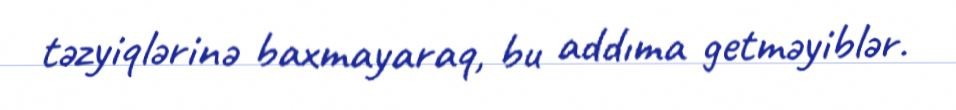
təzyiqlərinə baxmayaraq, bu addıma getməyiblər.